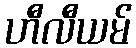
ဟီလီယမ်